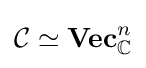
{\mathcal {C}}\simeq {\bf {Vec}}_{\mathbb {C} }^{n}